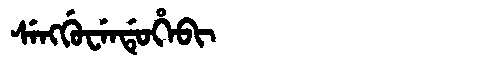
Manchu: ᠰᡝᠩᡤᡠᠸᡝᠨᡩᡠᡥᡝᠪᡳ
Romanization: SENGGUWENDUHEBI